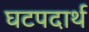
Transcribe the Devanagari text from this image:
घटपदार्थ